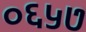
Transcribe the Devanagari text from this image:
०६५७